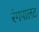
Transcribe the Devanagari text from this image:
रंगपालट